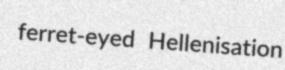
ferret-eyed Hellenisation